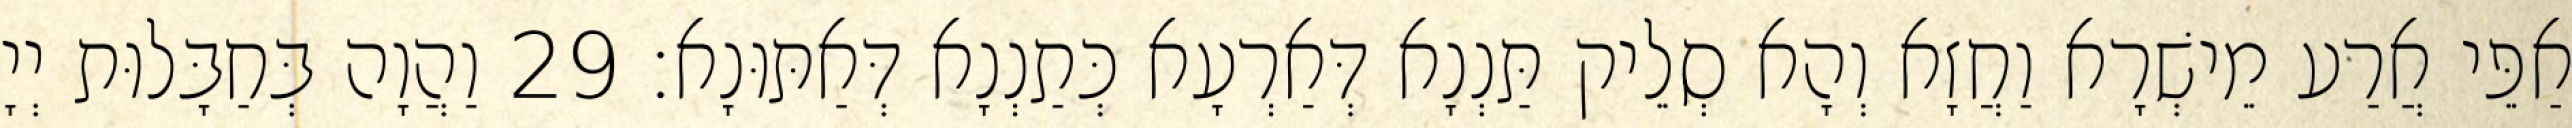
אַפֵּי אֲרַע מֵישְׁרָא וַחֲזָא וְהָא סְלֵיק תַּנְנָא דְּאַרְעָא כְּתַנְנָא דְּאַתּוּנָא׃ 29 וַהֲוָה בְּחַבָּלוּת יְיָ